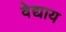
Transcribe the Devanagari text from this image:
वेद्याय